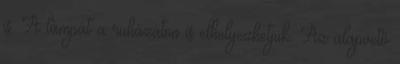
is. A lámpát a ruházaton is elhelyezhetjük. Az alapvető